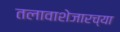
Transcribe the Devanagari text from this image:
तलावाशेजारच्या